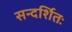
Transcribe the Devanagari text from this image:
सन्दर्शितः